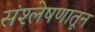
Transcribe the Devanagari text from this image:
संश्लेषणातून